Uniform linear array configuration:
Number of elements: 16
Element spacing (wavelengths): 1
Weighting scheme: exponential
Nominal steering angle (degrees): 30
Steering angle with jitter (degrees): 31.497
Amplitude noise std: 0.05
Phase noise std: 0.05

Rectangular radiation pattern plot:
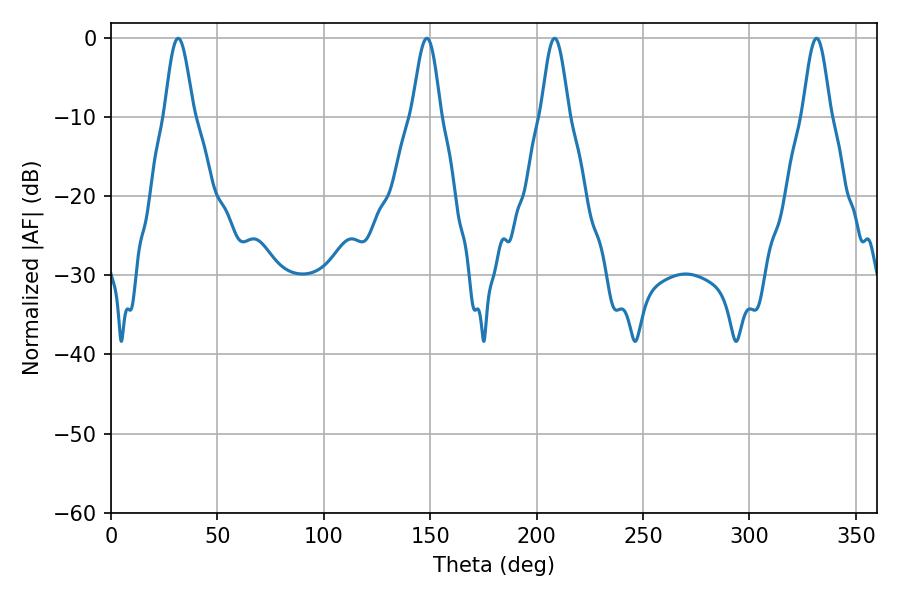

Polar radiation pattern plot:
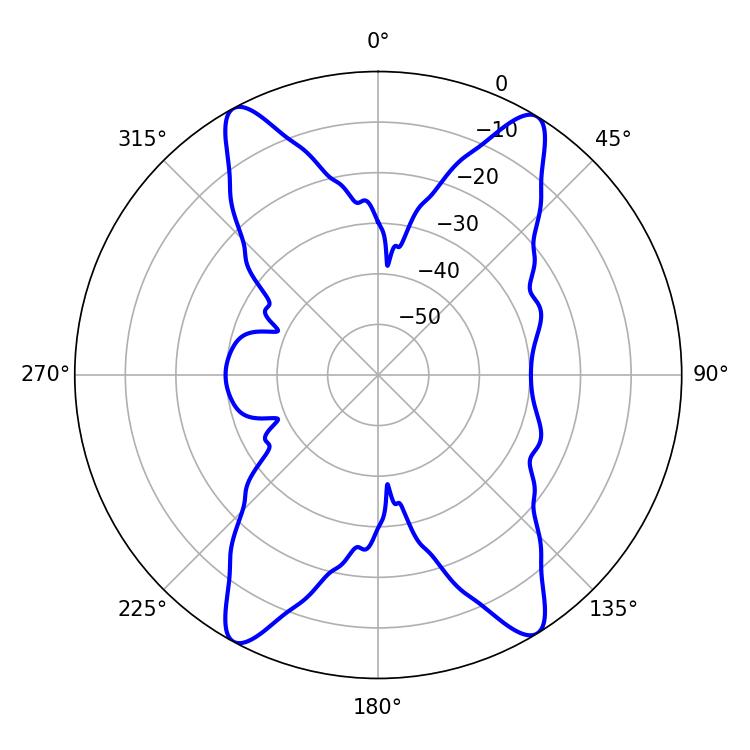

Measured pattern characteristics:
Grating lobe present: TRUE
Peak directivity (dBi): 19.356
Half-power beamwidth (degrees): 7.02
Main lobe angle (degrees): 208.44